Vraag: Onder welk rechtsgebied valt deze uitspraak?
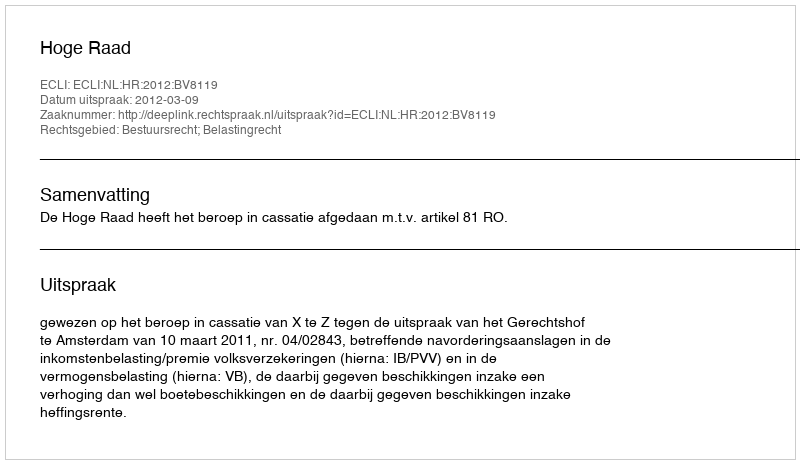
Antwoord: Bestuursrecht; Belastingrecht